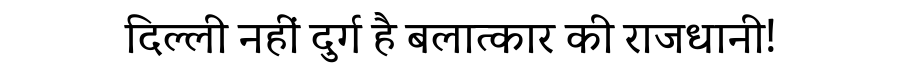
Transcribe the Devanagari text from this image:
दिल्ली नहीं दुर्ग है बलात्कार की राजधानी!